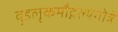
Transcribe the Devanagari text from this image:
वृहलृकमौद्गल्यगोत्रे